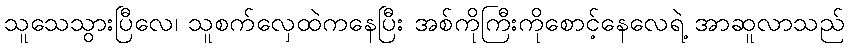
သူသေသွားပြီလေ၊ သူစက်လှေထဲကနေပြီး အစ်ကိုကြီးကိုစောင့်နေလေရဲ့ အာဆူလာသည်